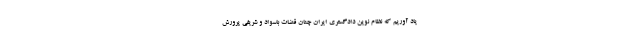
یاد آوریم که نظام نوین دادگستری ایران چنان قضات باسواد و شریفی پرورش